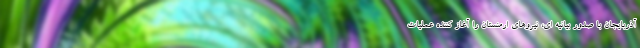
آذربایجان با صدور بیانیه ای، نیروهای ارمنستان را آغاز کننده عملیات